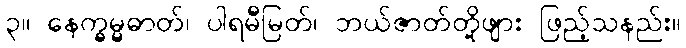
၃။ နေက္ခမ္မဓာတ်၊ ပါရမီမြတ်၊ ဘယ်ဇာတ်တို့ဖျား ဖြည့်သနည်း။